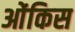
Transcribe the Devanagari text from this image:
ओंकिस